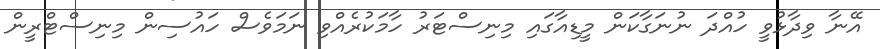
އޭނާ ވިދާޅުވީ ހުއްދަ ނުނަގާކަން މީޑިއާގައި މިނިސްޓަރު ހާމަކުރެއްވި ނަމަވެސް ހައުސިން މިނިސްޓްރީން